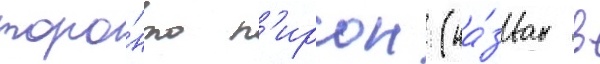
торо́нто п'ирсон (на́зван в